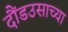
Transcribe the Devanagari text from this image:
दौंडउसाच्या